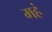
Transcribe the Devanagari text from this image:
महं